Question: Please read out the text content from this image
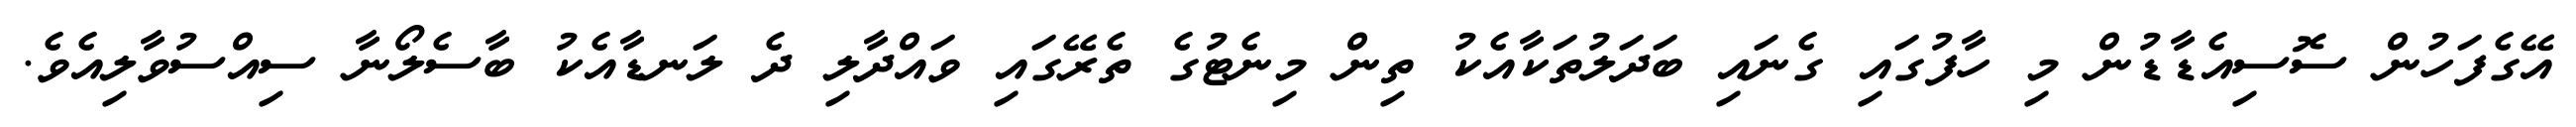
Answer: އޭގެފަހުން ސޮސިއެޑާޑުން މި ހާފުގައި ގެނައި ބަދަލުތަކާއެކު ތިން މިނެޓުގެ ތެރޭގައި ވައްދާލި ދެ ލަނޑާއެކު ބާސެލޯނާ ސިއްސުވާލިއެވެ.